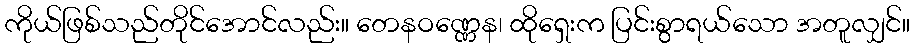
ကိုယ်ဖြစ်သည်တိုင်အောင်လည်း။ တေနဝဏ္ဏေန၊ ထိုရှေးက ပြင်းစွာရယ်သော အတူလျှင်။